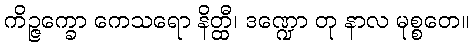
ကိဉ္ဇက္ခော ကေသရော နိတ္ထီ၊ ဒဏ္ဍော တု နာလ မုစ္စတေ။